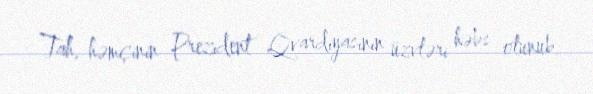
Tah, həmçinin Prezident Qvardiyasının üzvləri həbs olunub.